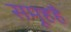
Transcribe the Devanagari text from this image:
समूहहै